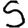
Digit: 5